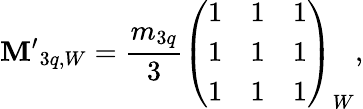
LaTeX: {\mathbf M^{\prime}}_{3q,W}={\frac{m_{3q}}{3}}\left(\begin{array}{lll}{{1}}&{{1}}&{{1}}\\ {{1}}&{{1}}&{{1}}\\ {{1}}&{{1}}&{{1}}\end{array}\right)_{W},